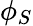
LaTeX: \phi_{S}